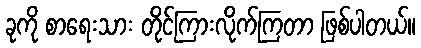
ခုကို စာရေးသား တိုင်ကြားလိုက်ကြတာ ဖြစ်ပါတယ်။